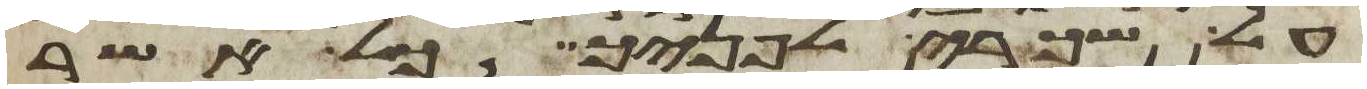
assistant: על שכרי לפניך כל אשר